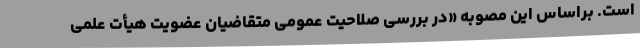
است. براساس این مصوبه «در بررسی صلاحیت عمومی متقاضیان عضویت هیأت علمی